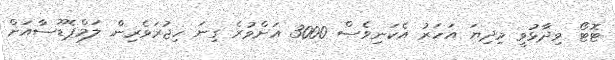
ޓޮޓޯ ވިދާޅުވީ މިދިޔަ އަހަރު އެކަނިވެސް 3000 އަށްވުރެ ގިނަ ހިޖުރަވެރިން ލަމްޕެޑޫސާއަށް